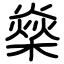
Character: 燊